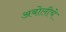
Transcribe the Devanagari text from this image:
अबोलीचे